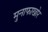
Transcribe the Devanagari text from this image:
मुनाफाखोर